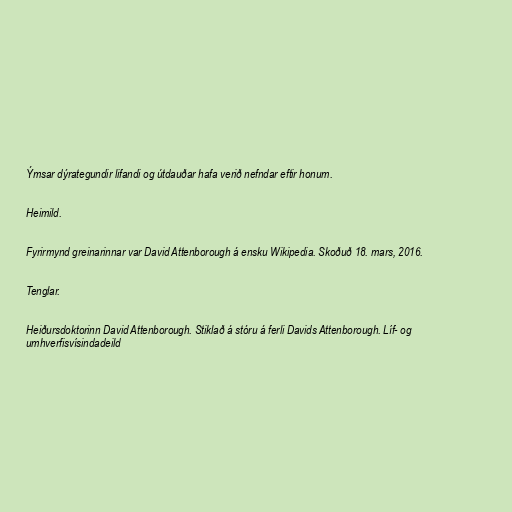
Ýmsar dýrategundir lifandi og útdauðar hafa verið nefndar eftir honum.

Heimild.

Fyrirmynd greinarinnar var David Attenborough á ensku Wikipedia. Skoðuð 18. mars, 2016.

Tenglar.

Heiðursdoktorinn David Attenborough. Stiklað á stóru á ferli Davids Attenborough. Líf- og
umhverfisvísindadeild